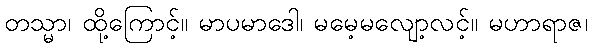
တသ္မာ၊ ထို့ကြောင့်။ မာပမာဒေါ၊ မမေ့မလျော့လင့်။ မဟာရာဇ၊